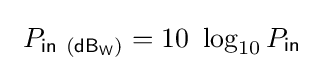
\ P_{{\mathsf {in}}\ {\mathsf {(dB_{W})}}}=10\ \log _{10}P_{\mathsf {in}}~